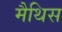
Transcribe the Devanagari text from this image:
मैथिस